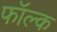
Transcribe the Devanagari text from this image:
फॉल्क